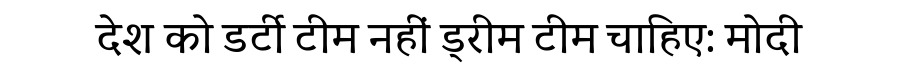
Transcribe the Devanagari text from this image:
देश को डर्टी टीम नहीं ड्रीम टीम चाहिए: मोदी